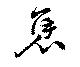
褒